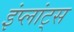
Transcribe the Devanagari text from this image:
इंप्लांट्स